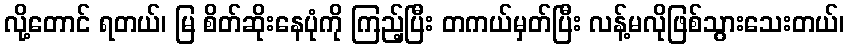
လို့တောင် ရတယ်၊ မြ စိတ်ဆိုးနေပုံကို ကြည့်ပြီး တကယ်မှတ်ပြီး လန့်မလိုဖြစ်သွားသေးတယ်၊